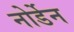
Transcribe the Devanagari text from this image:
नोर्डेन